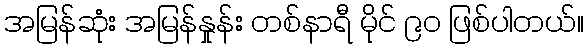
အမြန်ဆုံး အမြန်နှုန်း တစ်နာရီ မိုင် ၉၀ ဖြစ်ပါတယ်။